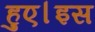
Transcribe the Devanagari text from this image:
हुए।इस